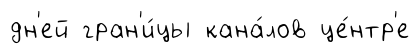
дн'ей гран'и́цы кана́лов це́нтр'е